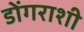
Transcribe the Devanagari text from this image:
डोंगराशी